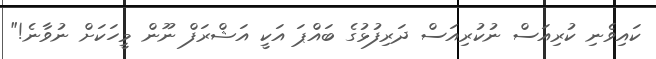
ކައިވެނި ކުރިއަސް ނުކުރިއަސް ދަރިފުޅުގެ ބައްޕަ އަކީ އަޝްރަފް ނޫން މީހަކަށް ނުވާނެ!"